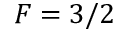
F = 3 / 2